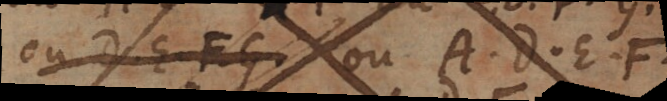
ou D, E, F, G, ou A, D, E, F,